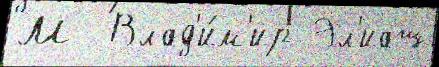
М  Влад'и́м'ир Эл'иаш